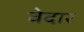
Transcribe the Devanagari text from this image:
वेदार